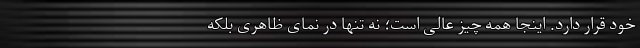
خود قرار دارد. اینجا همه چیز عالی است؛ نه تنها در نمای ظاهری بلکه